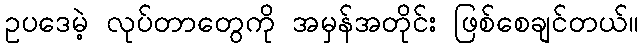
ဥပဒေမဲ့ လုပ်တာတွေကို အမှန်အတိုင်း ဖြစ်စေချင်တယ်။